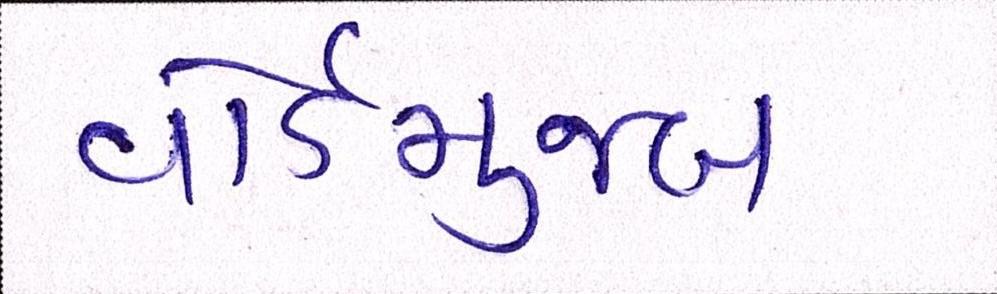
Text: વોર્ડમુજબ